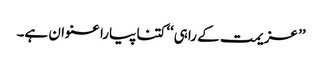
’’ عزیمت کے راہی‘‘ کتنا پیارا عنوان ہے۔